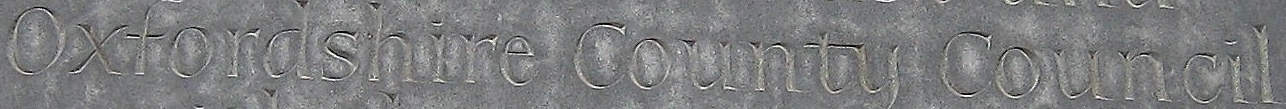
Oxfordshire County Council